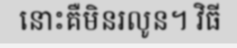
នោះគឺមិនរលូន។ វិធី